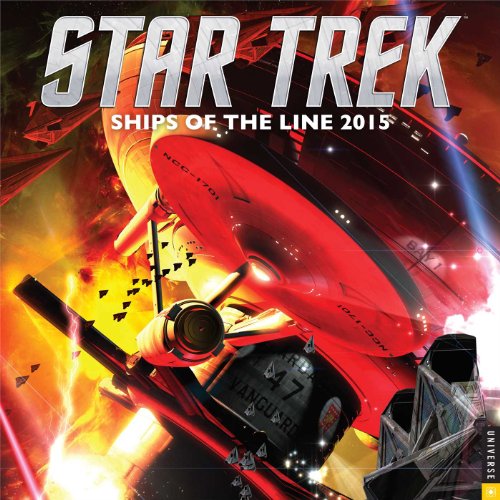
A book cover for Star Trek 2015 Wall Calendar: Ships of the LIne; CBS; Calendars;